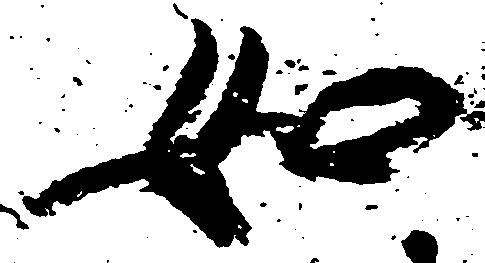
如